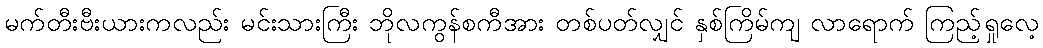
မက်တီးဗီးယားကလည်း မင်းသားကြီး ဘိုလကွန်စကီအား တစ်ပတ်လျှင် နှစ်ကြိမ်ကျ လာရောက် ကြည့်ရှုလေ့